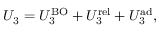
U _ { 3 } = U _ { 3 } ^ { \mathrm { B O } } + U _ { 3 } ^ { \mathrm { r e l } } + U _ { 3 } ^ { \mathrm { a d } } ,